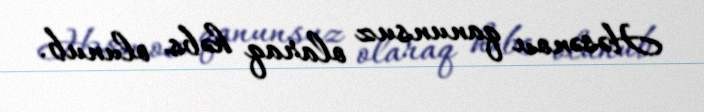
Həsənov qanunsuz olaraq həbs olunub.